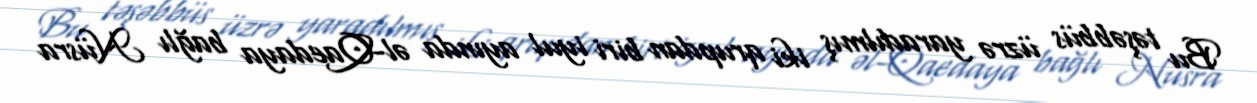
Bu təşəbbüs üzrə yaradılmış iki qrupdan biri iyul ayında əl-Qaedaya bağlı Nüsra